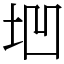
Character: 垇